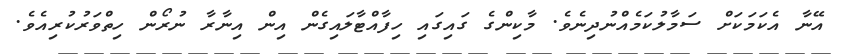
އޭނާ އެކަމަކަށް ސަމާލުކަމެއްނުދިނެވެ. މާކިންގެ ގައިގައި ހިފާއްޓާލައިގެން އިން އިނާރާ ނުރޯން ހިތްވަރުކުރިއެވެ.